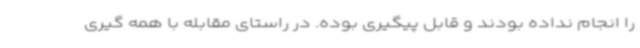
را انجام نداده بودند و قابل پیگیری بوده. در راستای مقابله با همه گیری